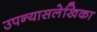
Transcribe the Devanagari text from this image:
उपन्यासलेखिका